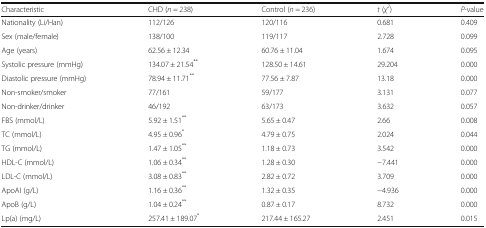
| Characteristic | CHD (n = 238) | Control (n = 236) | t (χ2) | P-value |
 | --- | --- | --- | --- | --- |
 | Nationality (Li/Han) | 112/126 | 120/116 | 0.681 | 0.409 |
 | Sex (male/female) | 138/100 | 119/117 | 2.728 | 0.099 |
 | Age (years) | 62.56 ± 12.34 | 60.76 ± 11.04 | 1.674 | 0.095 |
 | Systolic pressure (mmHg) | 134.07 ± 21.54** | 128.50 ± 14.61 | 29.204 | 0.000 |
 | Diastolic pressure (mmHg) | 78.94 ± 11.71** | 77.56 ± 7.87 | 13.18 | 0.000 |
 | Non-smoker/smoker | 77/161 | 59/177 | 3.131 | 0.077 |
 | Non-drinker/drinker | 46/192 | 63/173 | 3.632 | 0.057 |
 | FBS (mmol/L) | 5.92 ± 1.51** | 5.65 ± 0.47 | 2.66 | 0.008 |
 | TC (mmol/L) | 4.95 ± 0.96* | 4.79 ± 0.75 | 2.024 | 0.044 |
 | TG (mmol/L) | 1.47 ± 1.05** | 1.18 ± 0.73 | 3.542 | 0.000 |
 | HDL-C (mmol/L) | 1.06 ± 0.34** | 1.28 ± 0.30 | −7.441 | 0.000 |
 | LDL-C (mmol/L) | 3.08 ± 0.83** | 2.82 ± 0.72 | 3.709 | 0.000 |
 | ApoAI (g/L) | 1.16 ± 0.36** | 1.32 ± 0.35 | −4.936 | 0.000 |
 | ApoB (g/L) | 1.04 ± 0.24** | 0.87 ± 0.17 | 8.732 | 0.000 |
 | Lp(a) (mg/L) | 257.41 ± 189.07* | 217.44 ± 165.27 | 2.451 | 0.015 |